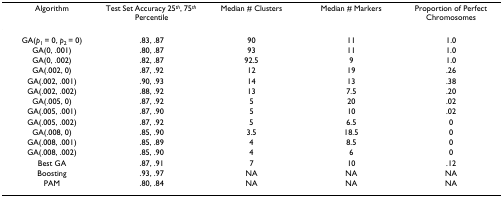
<table><thead><tr><td><b>Algorithm</b></td><td><b>Test Set Accuracy 25<sup><i>th</i></sup>, 75<sup><i>th </i></sup>Percentile</b></td><td><b>Median # Clusters</b></td><td><b>Median # Markers</b></td><td><b>Proportion of Perfect Chromosomes</b></td></tr></thead><tbody><tr><td>GA(<i>p</i><sub>1 </sub>= 0, <i>p</i><sub>2 </sub>= 0)</td><td>.83, .87</td><td>90</td><td>11</td><td>1.0</td></tr><tr><td>GA(0, .001)</td><td>.80, .87</td><td>93</td><td>11</td><td>1.0</td></tr><tr><td>GA(0, .002)</td><td>.82, .87</td><td>92.5</td><td>9</td><td>1.0</td></tr><tr><td>GA(.002, 0)</td><td>.87, .92</td><td>12</td><td>19</td><td>.26</td></tr><tr><td>GA(.002, .001)</td><td>.90, .93</td><td>14</td><td>13</td><td>.38</td></tr><tr><td>GA(.002, .002)</td><td>.88, .92</td><td>13</td><td>7.5</td><td>.20</td></tr><tr><td>GA(.005, 0)</td><td>.87, .92</td><td>5</td><td>20</td><td>.02</td></tr><tr><td>GA(.005, .001)</td><td>.87, .90</td><td>5</td><td>10</td><td>.02</td></tr><tr><td>GA(.005, .002)</td><td>.87, .92</td><td>5</td><td>6.5</td><td>0</td></tr><tr><td>GA(.008, 0)</td><td>.85, .90</td><td>3.5</td><td>18.5</td><td>0</td></tr><tr><td>GA(.008, .001)</td><td>.85, .89</td><td>4</td><td>8.5</td><td>0</td></tr><tr><td>GA(.008, .002)</td><td>.85, .90</td><td>4</td><td>6</td><td>0</td></tr><tr><td>Best GA</td><td>.87, .91</td><td>7</td><td>10</td><td>.12</td></tr><tr><td>Boosting</td><td>.93, .97</td><td>NA</td><td>NA</td><td>NA</td></tr><tr><td>PAM</td><td>.80, .84</td><td>NA</td><td>NA</td><td>NA</td></tr></tbody></table>